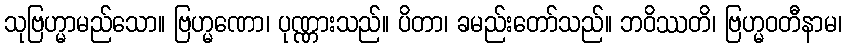
သုဗြဟ္မာမည်သော။ ဗြဟ္မဏော၊ ပုဏ္ဏားသည်။ ပိတာ၊ ခမည်းတော်သည်။ ဘဝိဿတိ၊ ဗြဟ္မဝတီနာမ၊